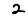
Digit: 2